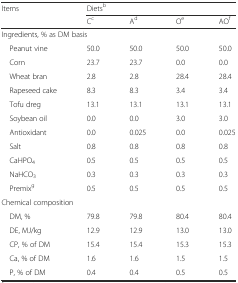
<table><thead><tr><td rowspan="2"><b>Items</b></td><td colspan="4"><b>Diets<sup>b</sup></b></td></tr><tr><td><b>C<sup>c</sup></b></td><td><b>A<sup>d</sup></b></td><td><b>O<sup>e</sup></b></td><td><b>AO<sup>f</sup></b></td></tr></thead><tbody><tr><td colspan="5">Ingredients, % as DM basis</td></tr><tr><td> Peanut vine</td><td>50.0</td><td>50.0</td><td>50.0</td><td>50.0</td></tr><tr><td> Corn</td><td>23.7</td><td>23.7</td><td>0.0</td><td>0.0</td></tr><tr><td> Wheat bran</td><td>2.8</td><td>2.8</td><td>28.4</td><td>28.4</td></tr><tr><td> Rapeseed cake</td><td>8.3</td><td>8.3</td><td>3.4</td><td>3.4</td></tr><tr><td> Tofu dreg</td><td>13.1</td><td>13.1</td><td>13.1</td><td>13.1</td></tr><tr><td> Soybean oil</td><td>0.0</td><td>0.0</td><td>3.0</td><td>3.0</td></tr><tr><td> Antioxidant</td><td>0.0</td><td>0.025</td><td>0.0</td><td>0.025</td></tr><tr><td> Salt</td><td>0.8</td><td>0.8</td><td>0.8</td><td>0.8</td></tr><tr><td> CaHPO<sub>4</sub></td><td>0.5</td><td>0.5</td><td>0.5</td><td>0.5</td></tr><tr><td> NaHCO<sub>3</sub></td><td>0.3</td><td>0.3</td><td>0.3</td><td>0.3</td></tr><tr><td> Premix<sup>g</sup></td><td>0.5</td><td>0.5</td><td>0.5</td><td>0.5</td></tr><tr><td colspan="5">Chemical composition</td></tr><tr><td> DM, %</td><td>79.8</td><td>79.8</td><td>80.4</td><td>80.4</td></tr><tr><td> DE, MJ/kg</td><td>12.9</td><td>12.9</td><td>13.0</td><td>13.0</td></tr><tr><td> CP, % of DM</td><td>15.4</td><td>15.4</td><td>15.3</td><td>15.3</td></tr><tr><td> Ca, % of DM</td><td>1.6</td><td>1.6</td><td>1.5</td><td>1.5</td></tr><tr><td> P, % of DM</td><td>0.4</td><td>0.4</td><td>0.5</td><td>0.5</td></tr></tbody></table>